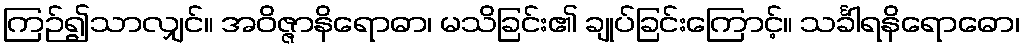
ကြဉ်၍သာလျှင်။ အဝိဇ္ဇာနိရောဓာ၊ မသိခြင်း၏ ချုပ်ခြင်းကြောင့်။ သင်္ခါရနိရောဓော၊